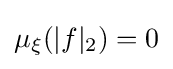
\mu _{\xi }(|f|_{2})=0